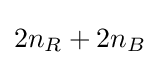
2n_{R}+2n_{B}